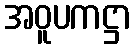
အဝူပကဋ္ဌာ